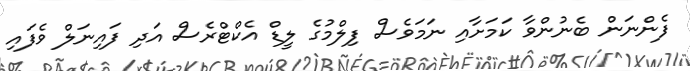
ފެންނަން ބެނުންވާ ކަމަށާއި ނަމަވެސް ފިލްމުގެ ލީޑް އެކްޓްރެސް އަދި ފައިނަލް ވެފައި